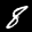
Label: 8